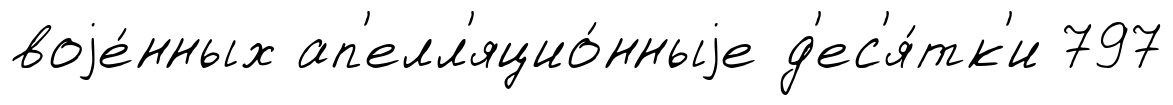
воjе́нных ап'елл'яцио́нныjе д'ес'я́тк'и 797